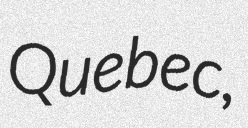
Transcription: Quebec,